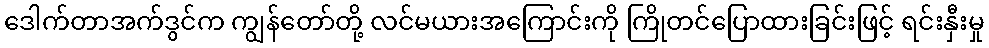
ဒေါက်တာအက်ဒွင်က ကျွန်တော်တို့ လင်မယားအကြောင်းကို ကြိုတင်ပြောထားခြင်းဖြင့် ရင်းနှီးမှု